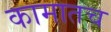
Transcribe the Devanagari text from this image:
कामातच